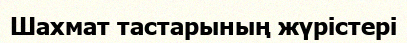
Шахмат тастарының жүрістері